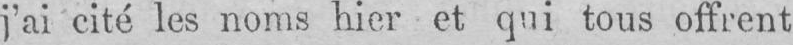
j’ai cité les noms hier et qui tous offrent